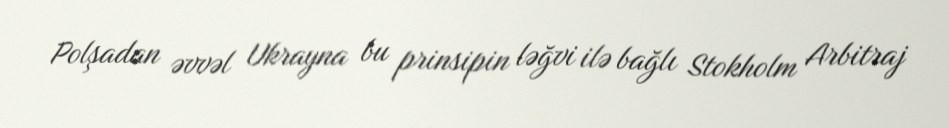
Polşadan əvvəl Ukrayna bu prinsipin ləğvi ilə bağlı Stokholm Arbitraj